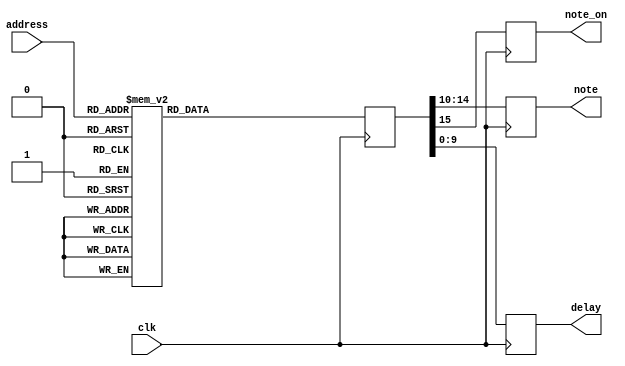
module notes_sequence_Yoshi_0(
	input clk,
	input [7:0] address,
	output reg [4:0] note,
	output reg note_on,
	output reg [9:0] delay
);

reg [15:0] note_;

always @(posedge clk) begin
case(address)
0:note_<=16'b1010011111000000;
1:note_<=16'b0010011001011000;
2:note_<=16'b1010000000000000;
3:note_<=16'b0010000001111000;
4:note_<=16'b1010010000000000;
5:note_<=16'b0010010001111000;
6:note_<=16'b1010100000000000;
7:note_<=16'b0010100001111000;
8:note_<=16'b1011000000000000;
9:note_<=16'b0011000101101000;
10:note_<=16'b1010010000000000;
11:note_<=16'b0010010001111000;
12:note_<=16'b1001010000000000;
13:note_<=16'b0001010001111000;
14:note_<=16'b1001000000000000;
15:note_<=16'b0001000001111000;
16:note_<=16'b1001010000000000;
17:note_<=16'b0001010001111000;
18:note_<=16'b1010010000000000;
19:note_<=16'b0010010001111000;
20:note_<=16'b1001110000000000;
21:note_<=16'b0001110011110000;
22:note_<=16'b1000100000000000;
23:note_<=16'b0000100011110000;
24:note_<=16'b1001110000000000;
25:note_<=16'b0001110011110000;
26:note_<=16'b1010010000000000;
27:note_<=16'b0010010011110000;
28:note_<=16'b1001110000000000;
29:note_<=16'b0001110111100000;
30:note_<=16'b1001010001111000;
31:note_<=16'b0001010001111000;
32:note_<=16'b1001000000000000;
33:note_<=16'b0001000001111000;
34:note_<=16'b1000100000000000;
35:note_<=16'b0000100001111000;
36:note_<=16'b1000000000000000;
37:note_<=16'b0000000101101000;
38:note_<=16'b1001110000000000;
39:note_<=16'b0001110001111000;
40:note_<=16'b1011000000000000;
41:note_<=16'b0011000011110000;
42:note_<=16'b1001110000000000;
43:note_<=16'b0001110011110000;
44:note_<=16'b1000000000000000;
45:note_<=16'b0000000101101000;
46:note_<=16'b1001110000000000;
47:note_<=16'b0001110001111000;
48:note_<=16'b1011000000000000;
49:note_<=16'b0011000011110000;
50:note_<=16'b1001110000000000;
51:note_<=16'b0001110011110000;
52:note_<=16'b1010010000000000;
53:note_<=16'b0010010011110000;
54:note_<=16'b1010010000000000;
55:note_<=16'b0010010010110100;
56:note_<=16'b1010010000000000;
57:note_<=16'b0010010000111100;
58:note_<=16'b1001110000000000;
59:note_<=16'b0001110001111000;
60:note_<=16'b1010010000000000;
61:note_<=16'b0010010001111000;
62:note_<=16'b1010100000000000;
63:note_<=16'b0010100001111000;
64:note_<=16'b1001110000000000;
65:note_<=16'b0001110001111000;
66:note_<=16'b1001010000000000;
67:note_<=16'b0001011001011000;
68:note_<=16'b1001010000000000;
69:note_<=16'b0001010001111000;
70:note_<=16'b1001110000000000;
71:note_<=16'b0001110001111000;
72:note_<=16'b1010010000000000;
73:note_<=16'b0010010001111000;
74:note_<=16'b1010100000000000;
75:note_<=16'b0010100011110000;
76:note_<=16'b1010100000000000;
77:note_<=16'b0010100011110000;
78:note_<=16'b1011100000000000;
79:note_<=16'b0011100011110000;
80:note_<=16'b1010100000000000;
81:note_<=16'b0010100011110000;
82:note_<=16'b1011000000000000;
83:note_<=16'b0011000001111000;
84:note_<=16'b1011000000000000;
85:note_<=16'b0011000011110000;
86:note_<=16'b1010100000000000;
87:note_<=16'b0010100001111000;
88:note_<=16'b1010010000000000;
89:note_<=16'b0010010111100000;
90:note_<=16'b1001110000000000;
91:note_<=16'b0001110001111000;
92:note_<=16'b1001110000000000;
93:note_<=16'b0001110011110000;
94:note_<=16'b1010010000000000;
95:note_<=16'b0010010001111000;
96:note_<=16'b1010110000000000;
97:note_<=16'b0010110011110000;
98:note_<=16'b1001110000000000;
99:note_<=16'b0001110011110000;
100:note_<=16'b1011000000000000;
101:note_<=16'b0011000001111000;
102:note_<=16'b1011000000000000;
103:note_<=16'b0011000011110000;
104:note_<=16'b1011100000000000;
105:note_<=16'b0011100001111000;
106:note_<=16'b1011000000000000;
107:note_<=16'b0011000001111000;
108:note_<=16'b1011000000000000;
109:note_<=16'b0011000001111000;
110:note_<=16'b1011100000000000;
111:note_<=16'b0011100001111000;
112:note_<=16'b1100000000000000;
113:note_<=16'b0100000001111000;
114:note_<=16'b1100010000000000;
115:note_<=16'b0100010111100000;
116:note_<=16'b1011000000000000;
117:note_<=16'b0011000111100000;
118:note_<=16'b1011100000000000;
119:note_<=16'b0011100001111000;
120:note_<=16'b1011100000000000;
121:note_<=16'b0011100011110000;
122:note_<=16'b1100000000000000;
123:note_<=16'b0100000001111000;
124:note_<=16'b1100010000000000;
125:note_<=16'b0100010011110000;
126:note_<=16'b1011100000000000;
127:note_<=16'b0011100011110000;
128:note_<=16'b1011000000000000;
129:note_<=16'b0011000010110100;
130:note_<=16'b1011100000000000;
131:note_<=16'b0011100000111100;
132:note_<=16'b1011000000000000;
133:note_<=16'b0011000001111000;
134:note_<=16'b1011100000000000;
135:note_<=16'b0011100001111000;
136:note_<=16'b1011000000000000;
137:note_<=16'b0011000001111000;
138:note_<=16'b1010100000000000;
139:note_<=16'b0010100001111000;
140:note_<=16'b1010010000000000;
141:note_<=16'b0010010001111000;
142:note_<=16'b1001110000000000;
143:note_<=16'b0001110001111000;
144:note_<=16'b1001010000000000;
145:note_<=16'b0001010111100000;
default: note_ <= 16'b0;
endcase

note_on <= note_[15:15];
note <= note_[14:10];
delay <= note_[9:0];
end
endmodule